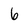
Character: 6